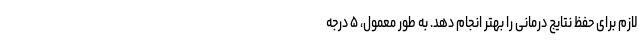
لازم برای حفظ نتایج درمانی را بهتر انجام دهد. به طور معمول، ۵ درجه